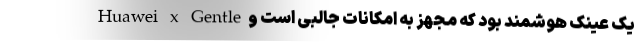
یک عینک هوشمند بود که مجهز به امکانات جالبی است و Huawei x Gentle